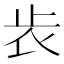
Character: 𣥏